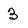
Character: 3